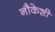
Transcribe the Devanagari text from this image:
नौकेशी